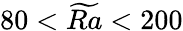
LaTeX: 80<\widetilde{Ra}<200